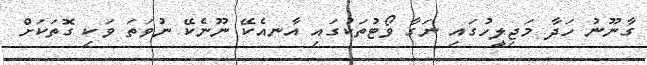
ގާނޫނު ހަދާ މަޖިލީހުގައި ނަގާ ވޯޓުތަކުގައި އާނއެކޭ ނޫނެކޭ ނުވަތަ ވަކި ގޮތަކަށް